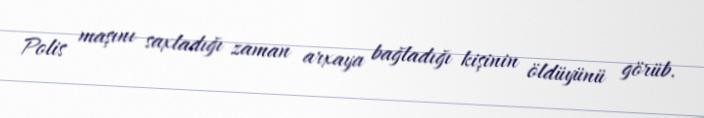
Polis maşını saxladığı zaman arxaya bağladığı kişinin öldüyünü görüb.